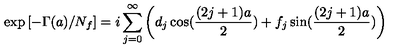
\exp \left[ - \Gamma ( a ) / N _ { f } \right] = i \sum _ { j = 0 } ^ { \infty } \left( d _ { j } \cos ( \frac { ( 2 j + 1 ) a } { 2 } ) + f _ { j } \sin ( \frac { ( 2 j + 1 ) a } { 2 } ) \right)